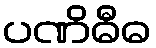
ပဏိဓီဓ